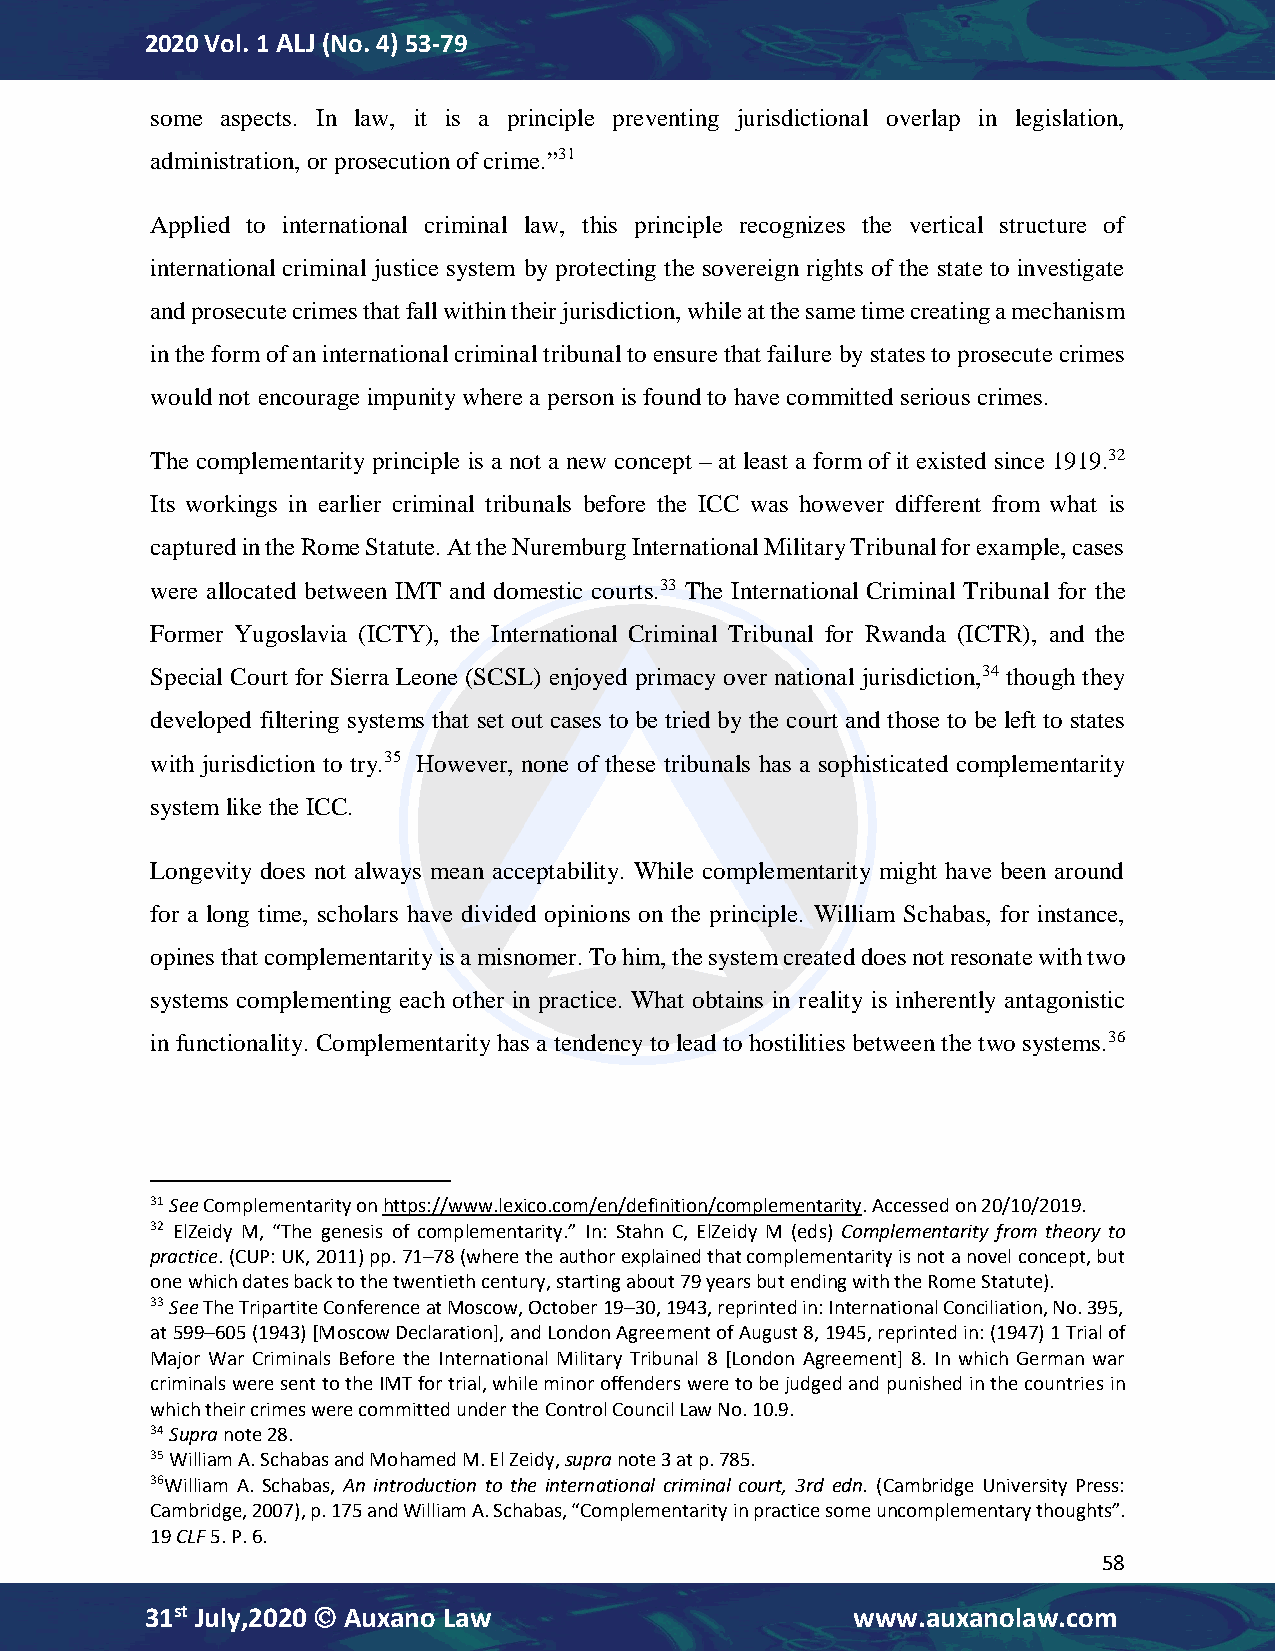
2020 Vol. 1 ALJ (No. 4) 53-79
 some aspects. In law, it is a principle preventing jurisdictional overlap in legislation,
 administration, or prosecution of crime.”31
 Applied to international criminal law, this principle recognizes the vertical structure of
 international criminal justice system by protecting the sovereign rights of the state to investigate
 and prosecute crimes that fall within their jurisdiction, while at the same time creating a mechanism
 in the form of an international criminal tribunal to ensure that failure by states to prosecute crimes
 would not encourage impunity where a person is found to have committed serious crimes.
 The complementarity principle is a not a new concept – at least a form of it existed since 1919.32
 Its workings in earlier criminal tribunals before the ICC was however different from what is
 captured in the Rome Statute. At the Nuremburg International Military Tribunal for example, cases
 were allocated between IMT and domestic courts.33 The International Criminal Tribunal for the
 Former Yugoslavia (ICTY), the International Criminal Tribunal for Rwanda (ICTR), and the
 Special Court for Sierra Leone (SCSL) enjoyed primacy over national jurisdiction,34 though they
 developed filtering systems that set out cases to be tried by the court and those to be left to states
 with jurisdiction to try.35 However, none of these tribunals has a sophisticated complementarity
 system like the ICC.
 Longevity does not always mean acceptability. While complementarity might have been around
 for a long time, scholars have divided opinions on the principle. William Schabas, for instance,
 opines that complementarity is a misnomer. To him, the system created does not resonate with two
 systems complementing each other in practice. What obtains in reality is inherently antagonistic
 in functionality. Complementarity has a tendency to lead to hostilities between the two systems.36
 31 See Complementarity on https://www.lexico.com/en/definition/complementarity. Accessed on 20/10/2019.
 32 ElZeidy M, “The genesis of complementarity.” In: Stahn C, ElZeidy M (eds) Complementarity from theory to
 practice. (CUP: UK, 2011) pp. 71–78 (where the author explained that complementarity is not a novel concept, but
 one which dates back to the twentieth century, starting about 79 years but ending with the Rome Statute).
 33 See The Tripartite Conference at Moscow, October 19–30, 1943, reprinted in: International Conciliation, No. 395,
 at 599–605 (1943) [Moscow Declaration], and London Agreement of August 8, 1945, reprinted in: (1947) 1 Trial of
 Major War Criminals Before the International Military Tribunal 8 [London Agreement] 8. In which German war
 criminals were sent to the IMT for trial, while minor offenders were to be judged and punished in the countries in
 which their crimes were committed under the Control Council Law No. 10.9.
 34 Supra note 28.
 35 William A. Schabas and Mohamed M. El Zeidy, supra note 3 at p. 785.
 36William A. Schabas, An introduction to the international criminal court, 3rd edn. (Cambridge University Press:
 Cambridge, 2007), p. 175 and William A. Schabas, “Complementarity in practice some uncomplementary thoughts”.
 19 CLF 5. P. 6.
 58
 31st July,2020  Auxano Law                   www.auxanolaw.com